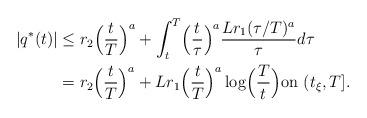
LaTeX: \begin{align*} |q^*(t)| &\leq r_2 \Bigl(\frac{t}{T} \Bigr)^a + \int_t^T \Bigl(\frac{t}{\tau} \Bigr)^a \frac{Lr_1(\tau/T)^a}{\tau} d\tau \\ &= r_2 \Bigl(\frac{t}{T} \Bigr)^a + Lr_1 \Bigl(\frac{t}{T} \Bigr)^a \log\Bigl(\frac{T}{t} \Bigr) \mbox{on $(t_{\xi},T]$}.\end{align*}